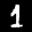
Label: 1